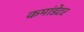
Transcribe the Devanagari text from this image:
कमांडेटर